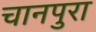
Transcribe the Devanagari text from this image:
चानपुरा